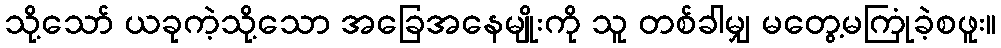
သို့သော် ယခုကဲ့သို့သော အခြေအနေမျိုးကို သူ တစ်ခါမျှ မတွေ့မကြုံခဲ့စဖူး။